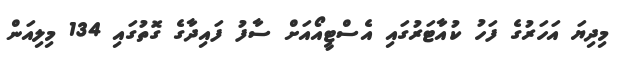
މިދިޔަ އަހަރުގެ ފަހު ކުއާޓަރުގައި އެސްޓީއޯއަށް ސާފު ފައިދާގެ ގޮތުގައި 134 މިލިއަން